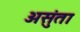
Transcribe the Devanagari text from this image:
असुंता